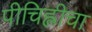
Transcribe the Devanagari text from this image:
पीचिह्लीचा